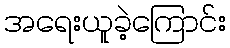
အရေးယူခဲ့ကြောင်း